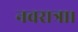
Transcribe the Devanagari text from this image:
नवरात्रा।